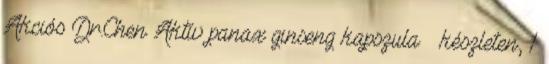
Akciós Dr.Chen Aktív panax ginseng kapszula » készleten, 1